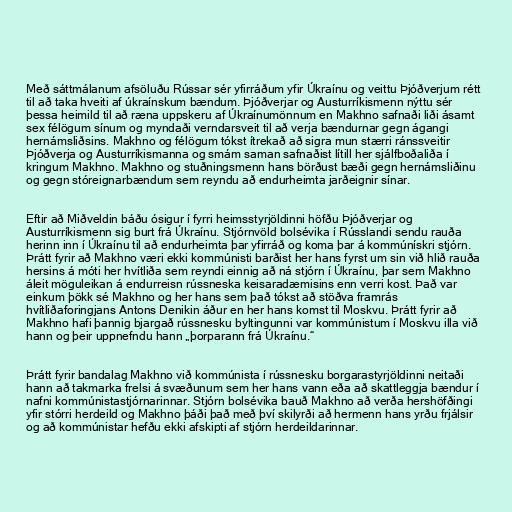
Með sáttmálanum afsöluðu Rússar sér yfirráðum yfir Úkraínu og veittu Þjóðverjum rétt
til að taka hveiti af úkraínskum bændum. Þjóðverjar og Austurríkismenn nýttu sér
þessa heimild til að ræna uppskeru af Úkraínumönnum en Makhno safnaði liði ásamt
sex félögum sínum og myndaði verndarsveit til að verja bændurnar gegn ágangi
hernámsliðsins. Makhno og félögum tókst ítrekað að sigra mun stærri ránssveitir
Þjóðverja og Austurríkismanna og smám saman safnaðist lítill her sjálfboðaliða í
kringum Makhno. Makhno og stuðningsmenn hans börðust bæði gegn hernámsliðinu
og gegn stóreignarbændum sem reyndu að endurheimta jarðeignir sínar.

Eftir að Miðveldin báðu ósigur í fyrri heimsstyrjöldinni höfðu Þjóðverjar og
Austurríkismenn sig burt frá Úkraínu. Stjórnvöld bolsévika í Rússlandi sendu rauða
herinn inn í Úkraínu til að endurheimta þar yfirráð og koma þar á kommúnískri stjórn.
Þrátt fyrir að Makhno væri ekki kommúnisti barðist her hans fyrst um sin við hlið rauða
hersins á móti her hvítliða sem reyndi einnig að ná stjórn í Úkraínu, þar sem Makhno
áleit möguleikan á endurreisn rússneska keisaradæmisins enn verri kost. Það var
einkum þökk sé Makhno og her hans sem það tókst að stöðva framrás
hvítliðaforingjans Antons Denikin áður en her hans komst til Moskvu. Þrátt fyrir að
Makhno hafi þannig bjargað rússnesku byltingunni var kommúnistum í Moskvu illa við
hann og þeir uppnefndu hann „þorparann frá Úkraínu.“

Þrátt fyrir bandalag Makhno við kommúnista í rússnesku borgarastyrjöldinni neitaði
hann að takmarka frelsi á svæðunum sem her hans vann eða að skattleggja bændur í
nafni kommúnistastjórnarinnar. Stjórn bolsévika bauð Makhno að verða hershöfðingi
yfir stórri herdeild og Makhno þáði það með því skilyrði að hermenn hans yrðu frjálsir
og að kommúnistar hefðu ekki afskipti af stjórn herdeildarinnar.